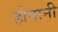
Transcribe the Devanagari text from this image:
होमानी